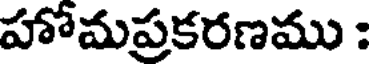
హోమప్రకరణము :